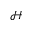
\mathcal { H }